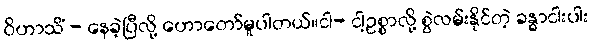
ဝိဟာသိံ - နေခဲ့ပြီလို့ ဟောတော်မူပါတယ်။ငါ- ငါ့ဥစ္စာလို့ စွဲလမ်းနိုင်တဲ့ ခန္ဓာငါးပါး